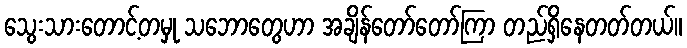
သွေးသားတောင့်တမှု သဘောတွေဟာ အချိန်တော်တော်ကြာ တည်ရှိနေတတ်တယ်။